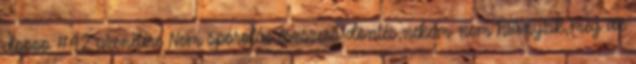
doooo #42 üzenetére Nem spórolás,észszerű döntés,nekem nem hiányzik,meg az